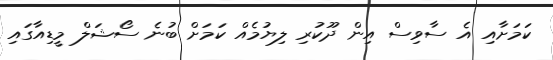
ކަމަށާއި އެ ސާވިސް އިން ދޫކުރި ލިޔުމެއް ކަމަށް ބުނެ ސޯޝަލް މީޑިއާގައި